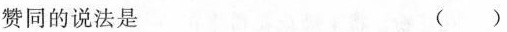
赞同的说法是 （）